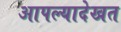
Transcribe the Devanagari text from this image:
आपल्यादेखत